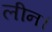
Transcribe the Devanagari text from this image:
लीन।